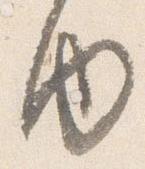
内